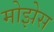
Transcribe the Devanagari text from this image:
मोझेेस